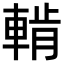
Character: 𨌳